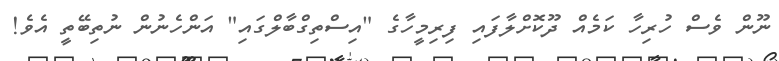
ނޫން ވެސް ހުރިހާ ކަމެއް ދޫކޮށްލާފައި ފިރިމީހާގެ "އިސްތިގްބާލްގައި" އަންހެނުން ނުތިބޭތީ އެވެ!